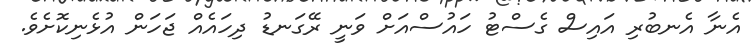
އެނާ އެނބުރި އައިސް ގެސްޓު ހައުސްއަށް ވަނީ ރޭގަނޑު ދިހައެއް ޖަހަން އުޅެނިކޮށެވެ.